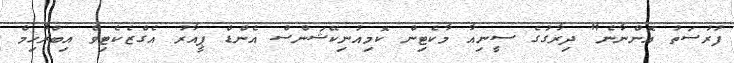
ފުރުސަތު އޮންނާނެ" ދިރާގުގެ ސީނިއާ މާކެޓިން ކޮމިއުނިކޭޝަންސް އެންޑް ޕީއާރު އެގްޒެކެޓިވް އިބްރާހިމް